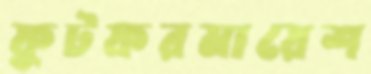
ফুটফরমায়েশ